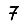
Digit: 7